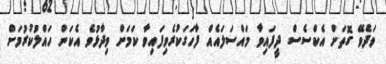
ވަދެވޭ ގޮތަށް އެކްސެސް ދީފައިވާ މައްސަލައެއް ފާހަގަކުރެވިފައިވާ ކަމަށް ވިދާޅުވެ އެކަން ހައްލުކުރުމަށް